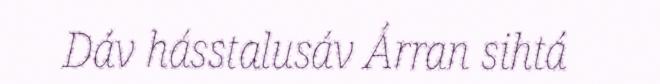
Dáv hásstalusáv Árran sihtá